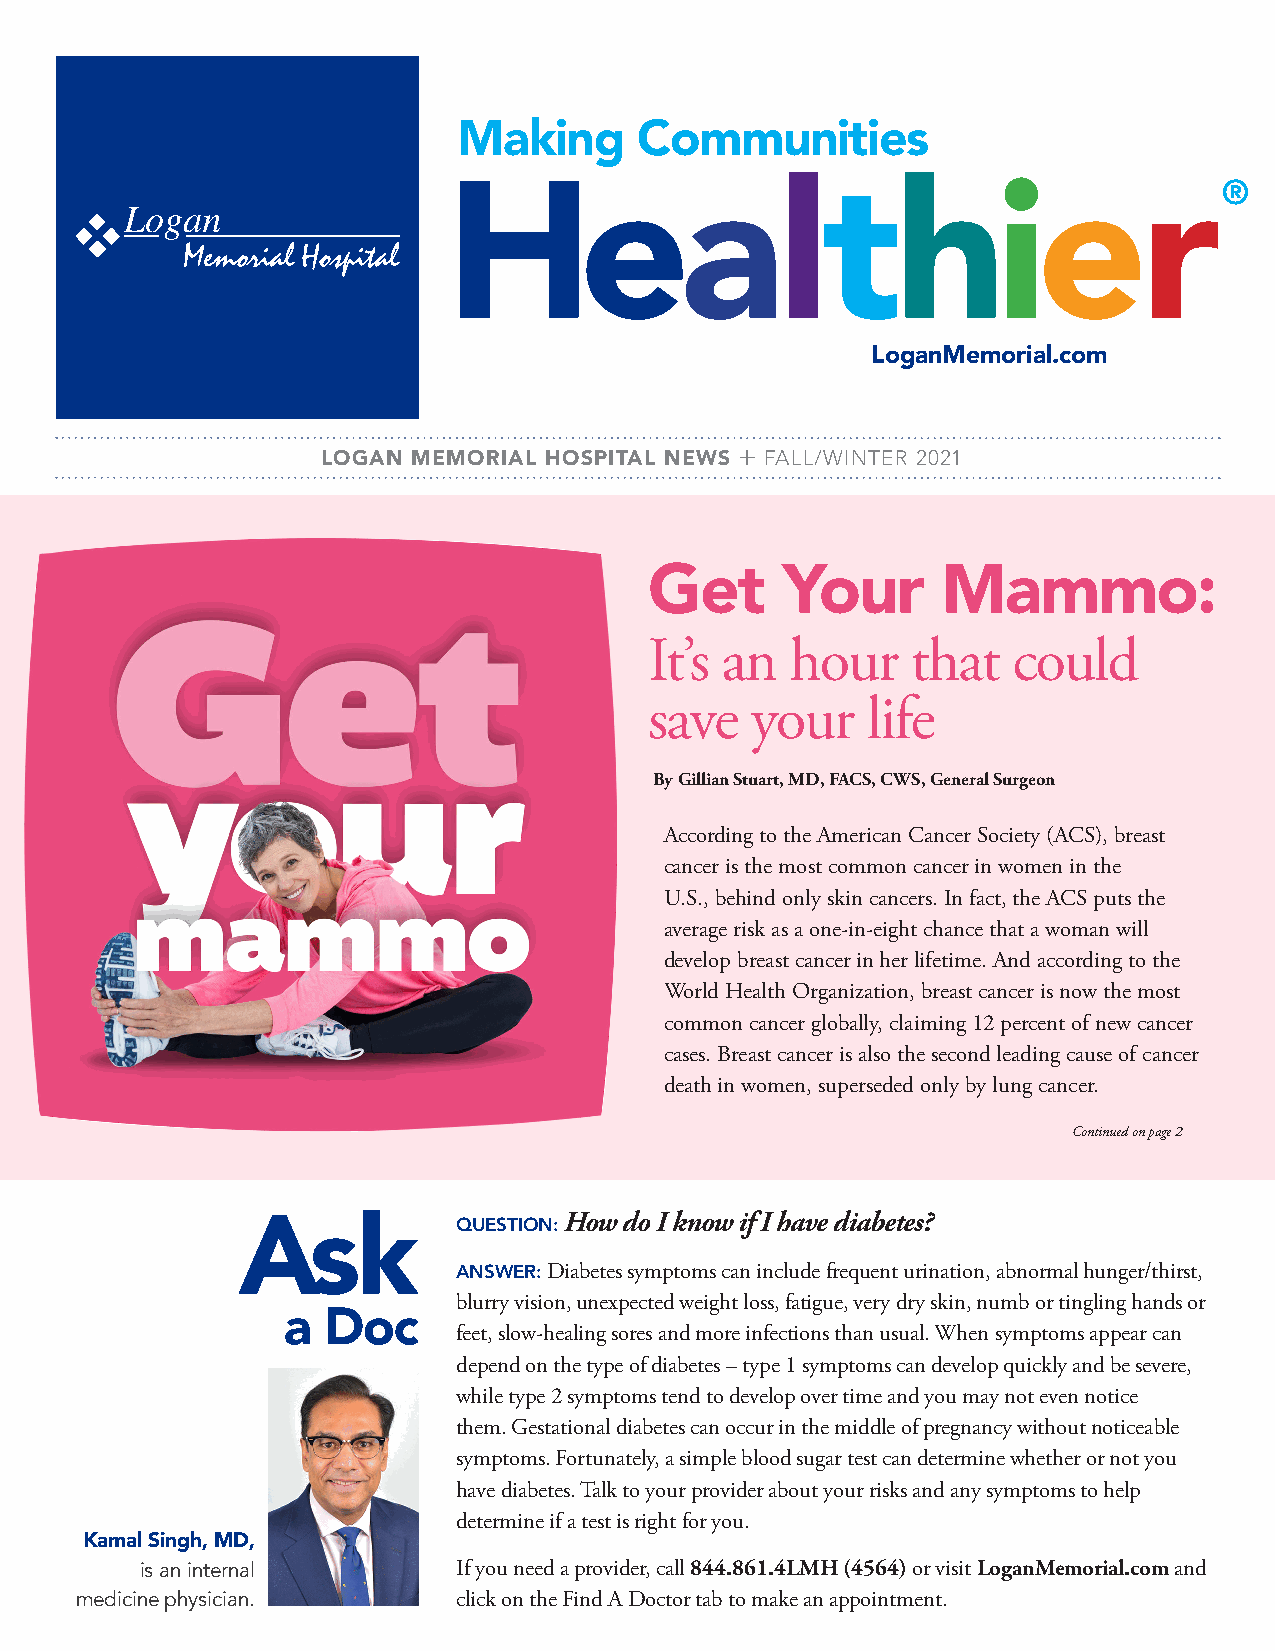
Making      Communities
 Healthier®
 LoganMemorial.com
 LOGAN MEMORIAL HOSPITAL NEWS  FALL/WINTER 2021
 Get      Your      Mammo:
 It’s an  hour    that   could
 save   your   life
 By Gillian Stuart, MD, FACS, CWS, General Surgeon
 According to the American Cancer Society (ACS), breast
 cancer is the most common cancer in women in the
 U.S., behind only skin cancers. In fact, the ACS puts the
 average risk as a one-in-eight chance that a woman will
 develop breast cancer in her lifetime. And according to the
 World Health Organization, breast cancer is now the most
 common cancer globally, claiming 12 percent of new cancer
 cases. Breast cancer is also the second leading cause of cancer
 death in women, superseded only by lung cancer.
 Continued on page 2
 Ask           QUESTION: How do I know if I have diabetes?
 ANSWER: Diabetes symptoms can include frequent urination, abnormal hunger/thirst,
 blurry vision, unexpected weight loss, fatigue, very dry skin, numb or tingling hands or
 a Doc
 feet, slow-healing sores and more infections than usual. When symptoms appear can
 depend on the type of diabetes – type 1 symptoms can develop quickly and be severe,
 while type 2 symptoms tend to develop over time and you may not even notice
 them. Gestational diabetes can occur in the middle of pregnancy without noticeable
 symptoms. Fortunately, a simple blood sugar test can determine whether or not you
 have diabetes. Talk to your provider about your risks and any symptoms to help
 determine if a test is right for you.
 Kamal Singh, MD,
 is an internal       If you need a provider, call 844.861.4LMH (4564) or visit LoganMemorial.com and
 medicine physician.      click on the Find A Doctor tab to make an appointment.